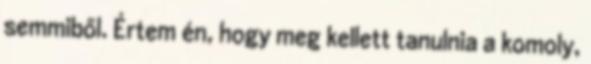
semmiből. Értem én, hogy meg kellett tanulnia a komoly,